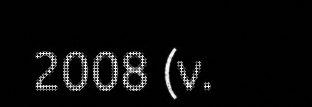
2008 (v.